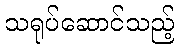
သရုပ်ဆောင်သည့်